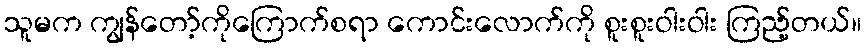
သူမက ကျွန်တော့်ကိုကြောက်စရာ ကောင်းလောက်ကို စူးစူးဝါးဝါး ကြည့်တယ်။